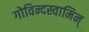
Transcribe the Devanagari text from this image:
गोविन्दस्वामिन्